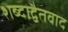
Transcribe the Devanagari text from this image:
शब्दाद्वैतवाद